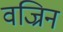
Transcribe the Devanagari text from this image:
वज्रिन